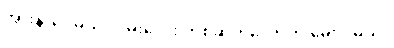
အားနာပေမယ့် လမ်းလေး တစ်ဆိတ်လောက် မေးပါမယ်။